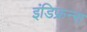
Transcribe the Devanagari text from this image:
इंडिफ्रन्स